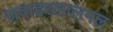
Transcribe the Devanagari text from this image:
जवाहरलालमल